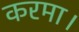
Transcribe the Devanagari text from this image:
करमा।